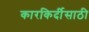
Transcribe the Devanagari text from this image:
कारकिर्दीसाठी